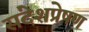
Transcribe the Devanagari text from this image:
संदेशप्रेषण